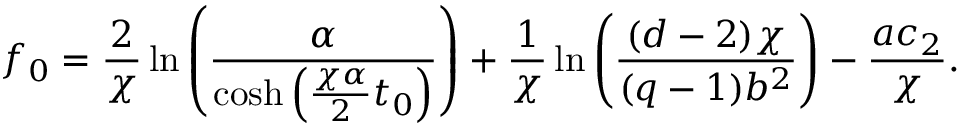
f _ { 0 } = \frac 2 { \chi } \ln \left( \frac { \alpha } { \cosh \left( { \frac { \chi \alpha } { 2 } } t _ { 0 } \right) } \right) + \frac 1 { \chi } \ln \left( { \frac { ( d - 2 ) \chi } { ( q - 1 ) b ^ { 2 } } } \right) - { \frac { a c _ { 2 } } { \chi } } .